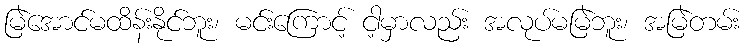
မြဲအောင်မထိန်းနိုင်ဘူး၊ မင်းကြောင့် ငါ့မှာလည်း အလုပ်မမြဲဘူး၊ အမြဲတမ်း